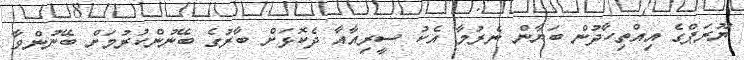
ޔޫރަޕްގެ އިއްތިހާދުން ބަޔާން ނެރުމާ އެކު ސީރިއާއާ ދެކޮޅަށް ބާރުގެ ބޭނުންކުރުމަށް ބޭނުންވާ